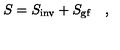
S = S _ { \mathrm { \small i n v } } + S _ { \mathrm { \small g f } } \quad ,